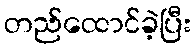
တည်ထောင်ခဲ့ပြီး